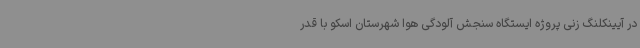
در آیینکلنگ زنی پروژه ایستگاه سنجش آلودگی هوا شهرستان اسکو با قدر